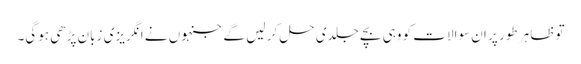
تو ظاہر طور پر ان سوالات کو وہی بچے جلدی حل کر لیں گے جنہوں نے انگریزی زبان پڑھی ہوگی۔